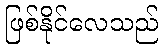
ဖြစ်နိုင်လေသည်